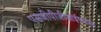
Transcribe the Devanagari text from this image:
एसजीपीजीआईएमएस